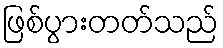
ဖြစ်ပွားတတ်သည်